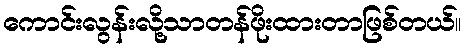
ကောင်းလွန်းလို့သာတန်ဖိုးထားတာဖြစ်တယ်။